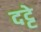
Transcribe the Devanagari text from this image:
दट्टे